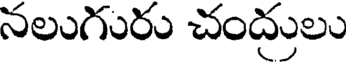
నలుగురు చంద్రులు